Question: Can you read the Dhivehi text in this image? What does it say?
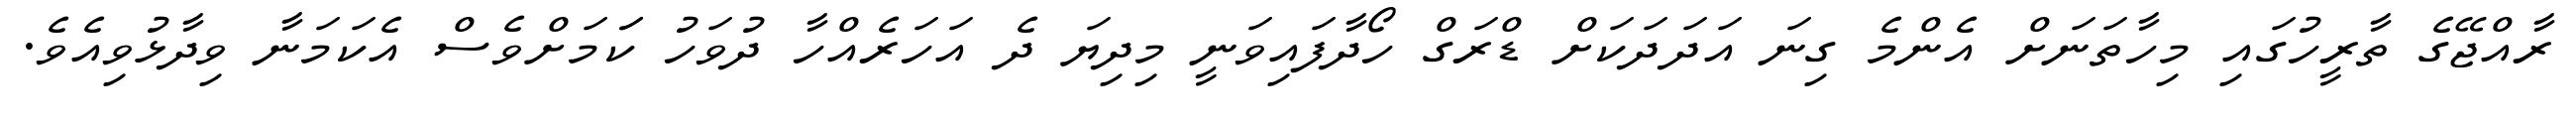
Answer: ރާއްޖޭގެ ތާރީހުގައި މިހާތަނަށް އެންމެ ގިނަ އަދަދަކަށް ޑްރަގް ހޯދާފައިވަނީ މިދިޔަ ދެ އަހަރެއްހާ ދުވަހު ކަަމަށްވެސް އެކަމަނާ ވިދާޅުވިއެވެ.